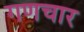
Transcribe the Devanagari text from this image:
गणचार